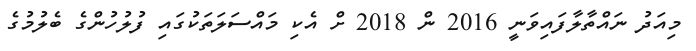
މިއަދު ނައްތާލާފައިވަނީ 2016 ން 2018 ށް އެކި މައްސަލަތަކުގައި ފުލުހުންގެ ބެލުމުގެ